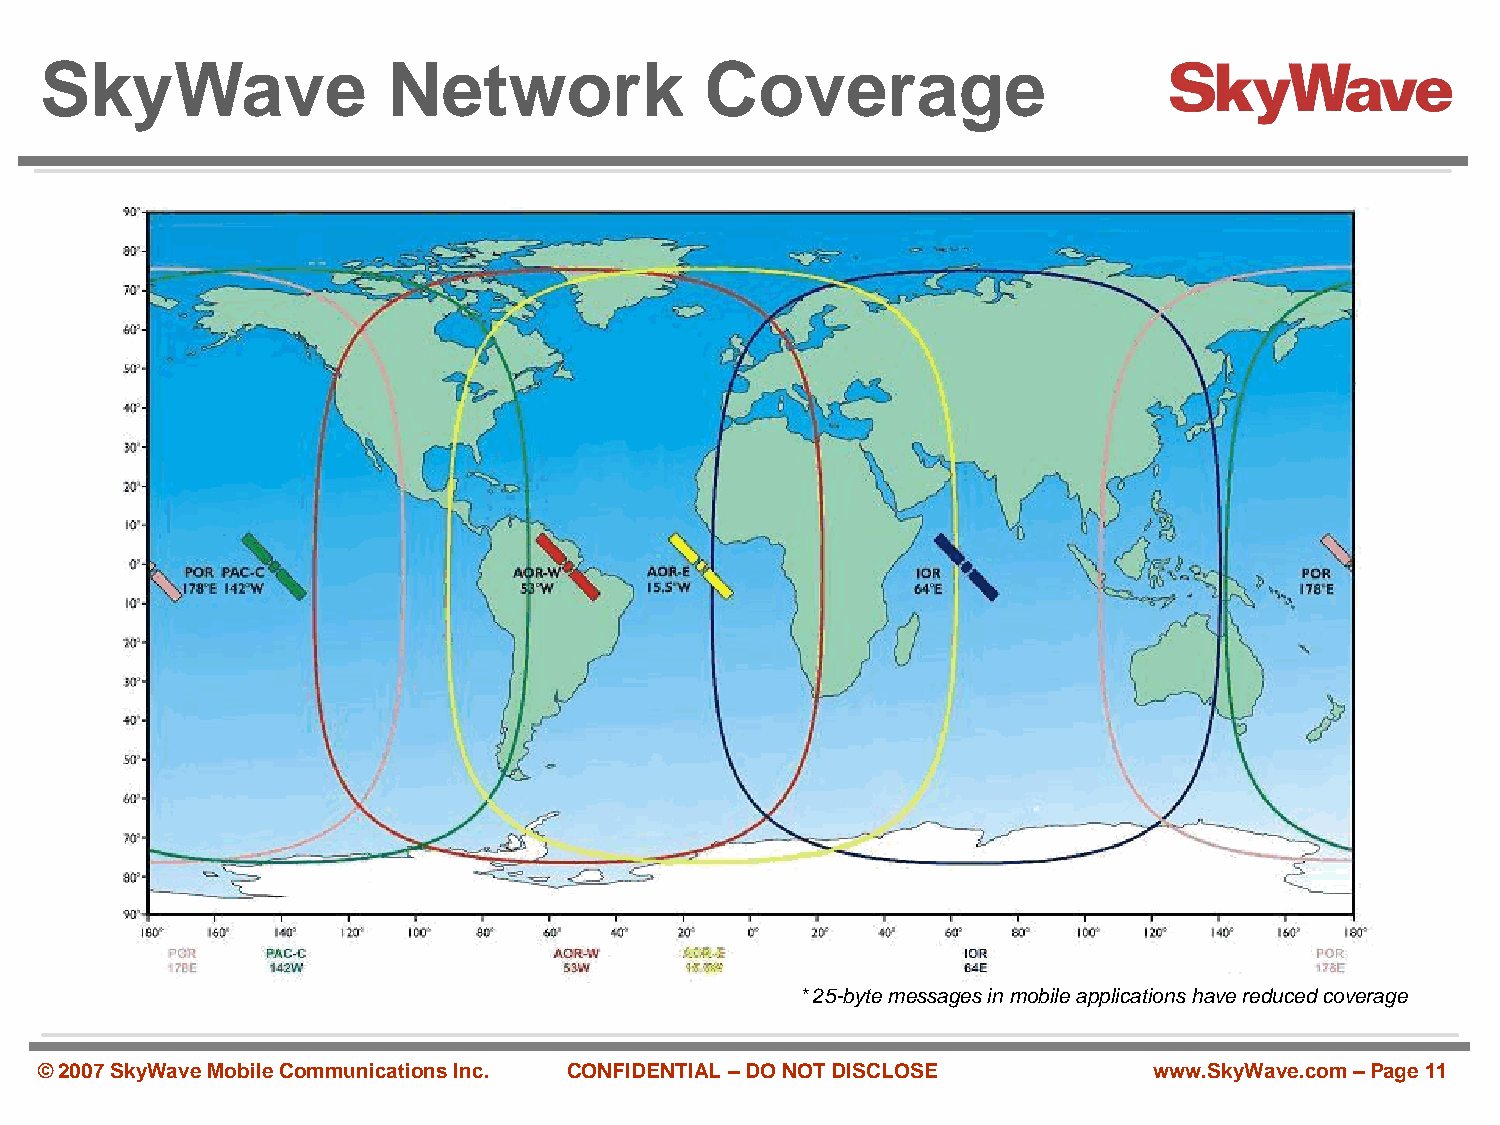
SkyWave                Network              Coverage
 * 25-byte messages in mobile applications have reduced coverage
 © 2007 SkyWave Mobile Communications Inc. CONFIDENTIAL –DO NOT DISCLOSE  www.SkyWave.com –Page 11